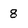
Character: 8